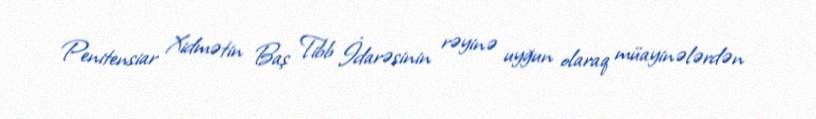
Penitensiar Xidmətin Baş Tibb İdarəsinin rəyinə uyğun olaraq müayinələrdən